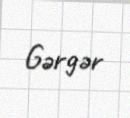
Gərgər